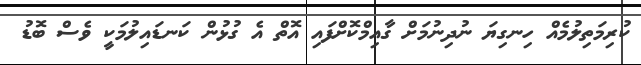
ކުރިމަތިލުމެއް ހިނގިޔަ ނުދިނުމަށް ގާއިމްކޮށްފައި އޮތް އެ ގުޅުން ކަނޑައިލުމަކީ ވެސް ބޮޑު